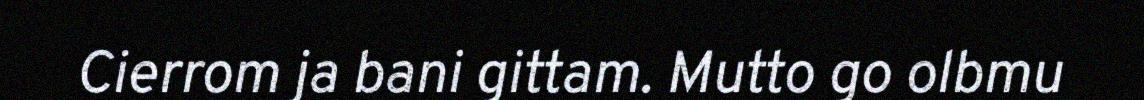
Cierrom ja bani gittam. Mutto go olbmu